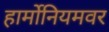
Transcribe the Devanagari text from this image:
हार्मोनियमवर